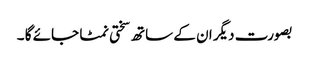
بصورت دیگر ان کے ساتھ سختی نمٹا جائے گا ۔